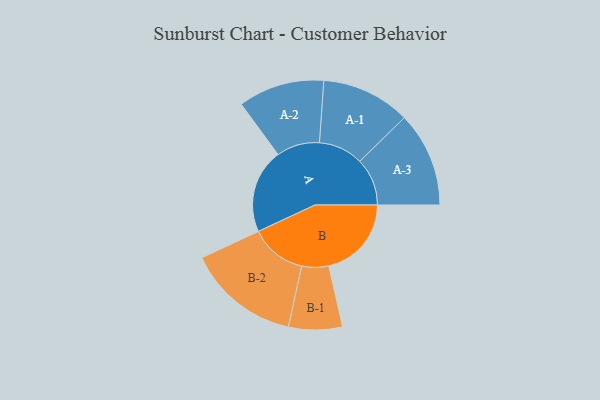
{"axis": {"x": "Segment", "y": "Value"}, "legend": ["", "A", "B"], "data": [{"x": "A", "y": 405, "type": ""}, {"x": "B", "y": 397, "type": ""}, {"x": "A-1", "y": 214, "type": "A"}, {"x": "A-2", "y": 207, "type": "A"}, {"x": "A-3", "y": 228, "type": "A"}, {"x": "B-1", "y": 129, "type": "B"}, {"x": "B-2", "y": 271, "type": "B"}]}